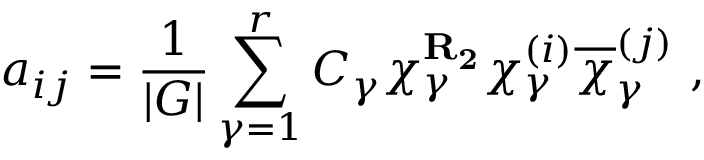
a _ { i j } = \frac { 1 } { | G | } \sum _ { \gamma = 1 } ^ { r } C _ { \gamma } \chi _ { \gamma } ^ { { \bf R _ { 2 } } } \chi _ { \gamma } ^ { ( i ) } \overline { { \chi } } _ { \gamma } ^ { ( j ) } \ ,